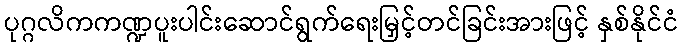
ပုဂ္ဂလိကကဏ္ဍပူးပါင်းဆောင်ရွက်ရေးမြှင့်တင်ခြင်းအားဖြင့် နှစ်နိုင်ငံ